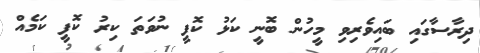
ދިރާސާގައި ބައިވެރިވި މީހުން ބޮނީ ކަޅު ކޮފީ ނުވަތަ ކިރު ކޮފީ ކަމެއް